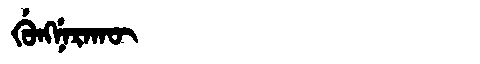
Manchu: ᡤᡠᠩᠨᡝᡵᠠᡴᡡ
Romanization: GUNGNERAKŪ